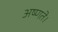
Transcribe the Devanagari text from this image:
अष्णते।